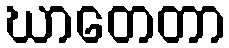
ဃာတေတာ